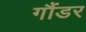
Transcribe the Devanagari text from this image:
गौंडर